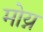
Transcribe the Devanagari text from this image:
मोय्न